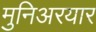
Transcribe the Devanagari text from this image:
मुनिअरयार